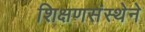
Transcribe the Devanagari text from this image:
शिक्षणसंस्थेने